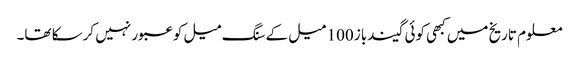
معلوم تاریخ میں کبھی کوئی گیندباز 100 میل کے سنگ میل کو عبور نہیں کرسکا تھا۔